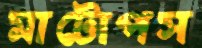
মাটোপস